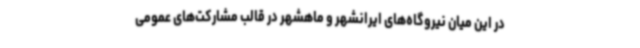
در این میان نیروگاه‌های ایرانشهر و ماهشهر در قالب مشارکت‌های عمومی